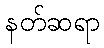
နတ်ဆရာ